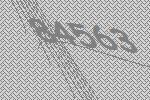
84563